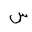
Letter: _sin